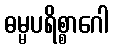
ဓမ္မပရိစ္စာဂေါ